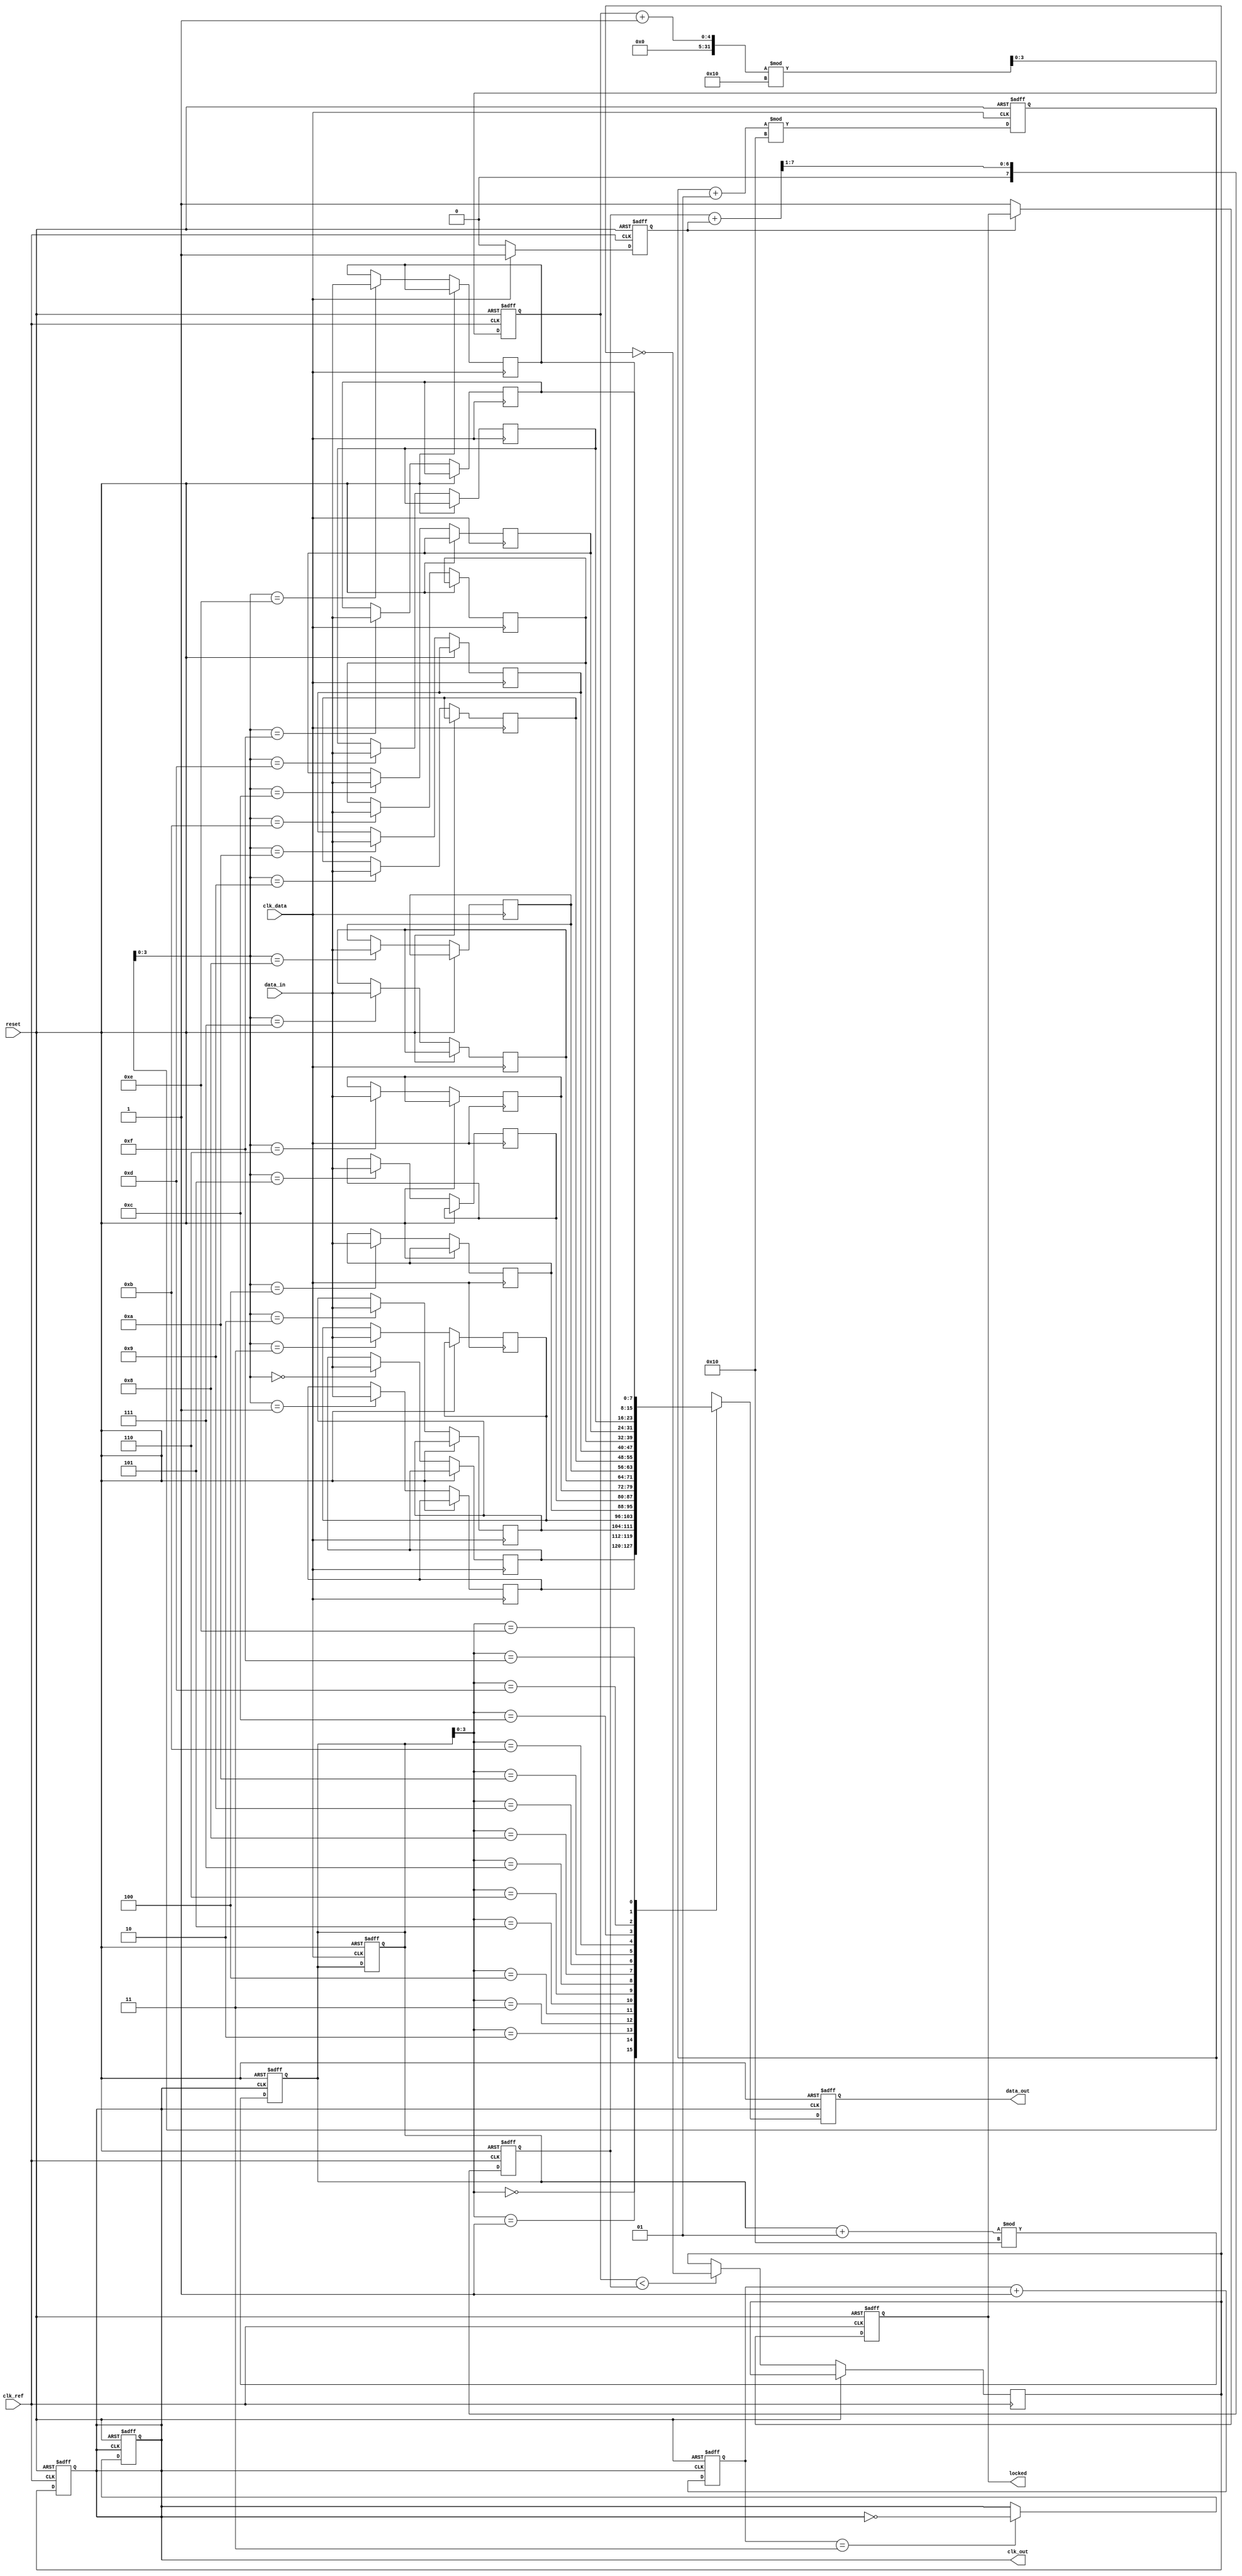
module PLL_Synchronizer (
    input wire clk_ref,        // Reference clock
    input wire clk_data,       // Data clock (source clock domain)
    input wire reset,          // Reset signal
    input wire [7:0] data_in,  // Data input
    output reg [7:0] data_out, // Data output
    output reg clk_out,        // Synchronized clock output
    output reg locked          // PLL lock status
);

// Phase Detector (Simple example)
reg phase_error;
always @(posedge clk_ref or posedge reset) begin
    if (reset) begin
        phase_error <= 0;
    end else begin
        // Example phase error detection logic (simplified)
        phase_error <= clk_data ? 1 : 0;
    end
end

// Low-Pass Filter (Simplified)
reg [7:0] control_voltage;
always @(posedge clk_ref or posedge reset) begin
    if (reset) begin
        control_voltage <= 0;
    end else begin
        // Simple low-pass filtering (example)
        control_voltage <= (control_voltage + phase_error) >> 1; // Averaging
    end
end

// Voltage-Controlled Oscillator (VCO)
reg [3:0] vco_count = 0;
reg vco_clk;
always @(posedge clk_ref or posedge reset) begin
    if (reset) begin
        vco_count <= 0;
        clk_out <= 0;
    end else begin
        // VCO Frequency Control based on control voltage
        if (vco_count < control_voltage) begin
            vco_clk <= ~vco_clk;
        end
        vco_count <= (vco_count + 1) % 16; // Example VCO count to avoid overflow
        clk_out <= vco_clk;
    end
end

// Clock Divider (Example)
reg [1:0] div_count = 0;
always @(posedge clk_out or posedge reset) begin
    if (reset) begin
        div_count <= 0;
        clk_out <= 0;
    end else begin
        div_count <= div_count + 1;
        if (div_count == 3) begin  // Divide by 4
            clk_out <= ~clk_out;
        end
    end
end

// Data Synchronizer (Simple FIFO Buffer)
reg [7:0] fifo [0:15]; // Example FIFO size of 16
integer write_ptr = 0;
integer read_ptr = 0;

always @(posedge clk_data or posedge reset) begin
    if (reset) begin
        write_ptr <= 0;
        read_ptr <= 0;
    end else begin
        // Write data into FIFO
        fifo[write_ptr] <= data_in;
        write_ptr <= (write_ptr + 1) % 16; // Wrap around
    end
end

always @(posedge clk_out or posedge reset) begin
    if (reset) begin
        data_out <= 0;
        read_ptr <= 0;
    end else begin
        // Read data from FIFO
        data_out <= fifo[read_ptr];
        read_ptr <= (read_ptr + 1) % 16; // Wrap around
    end
end

// Lock Detection Logic (Simple example)
always @(posedge clk_ref or posedge reset) begin
    if (reset) begin
        locked <= 0;
    end else begin
        // Example lock detection (simplified)
        if (phase_error == 0) begin
            locked <= 1;
        end
    end
end

endmodule